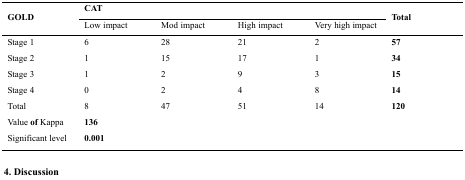
<table><thead><tr><td rowspan="3"><b>GOLD</b></td><td colspan="4"><b>CAT</b></td><td rowspan="3"><b>Tot</b></td></tr><tr><td><b>Low impact</b></td><td><b>Mod impact</b></td><td><b>High impact</b></td><td><b>Very high impact</b></td></tr></thead><tbody><tr><td>Stage 1</td><td>6</td><td>28</td><td>21</td><td>2</td><td><b>57</b></td></tr><tr><td>Stage 2</td><td>1</td><td>15</td><td>17</td><td>1</td><td><b>34</b></td></tr><tr><td>Stage 3</td><td>1</td><td>2</td><td>9</td><td>3</td><td><b>15</b></td></tr><tr><td>Stage 4</td><td>0</td><td>2</td><td>4</td><td>8</td><td><b>14</b></td></tr><tr><td>Total</td><td>8</td><td>47</td><td>51</td><td>14</td><td><b>120</b></td></tr><tr><td>Value of Kappa</td><td><b>136</b></td><td></td><td></td><td></td><td></td></tr><tr><td>Significant level</td><td><b>0.001</b></td><td></td><td></td><td></td><td></td></tr></tbody></table>